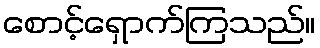
စောင့်ရှောက်ကြသည်။